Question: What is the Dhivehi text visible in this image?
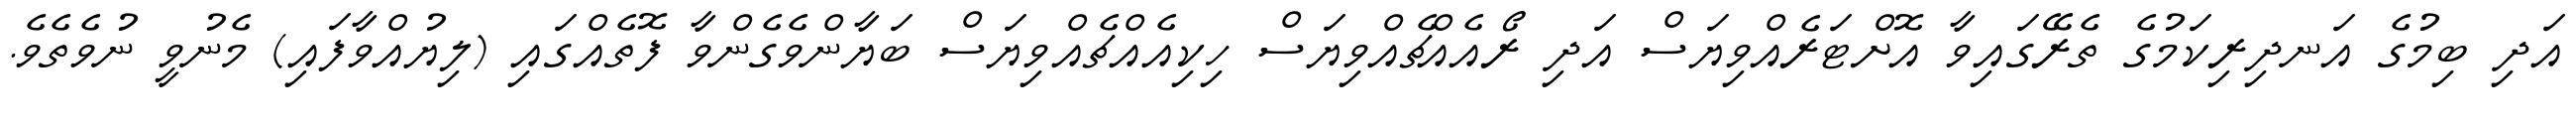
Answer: އަދި ބިމުގެ އަނދިރިކަމުގެ ތެރޭގައިވާ އޮށްޓަރެއްވިޔަސް އަދި ރޯއެއްޗެއްވިޔަސް ހިކިއެއްޗެއްވިޔަސް ބަޔާންވެގެންވާ ފޮތެއްގައި (ލިޔުއްވާފައި) މެނުވީ ނުވެތެވެ.